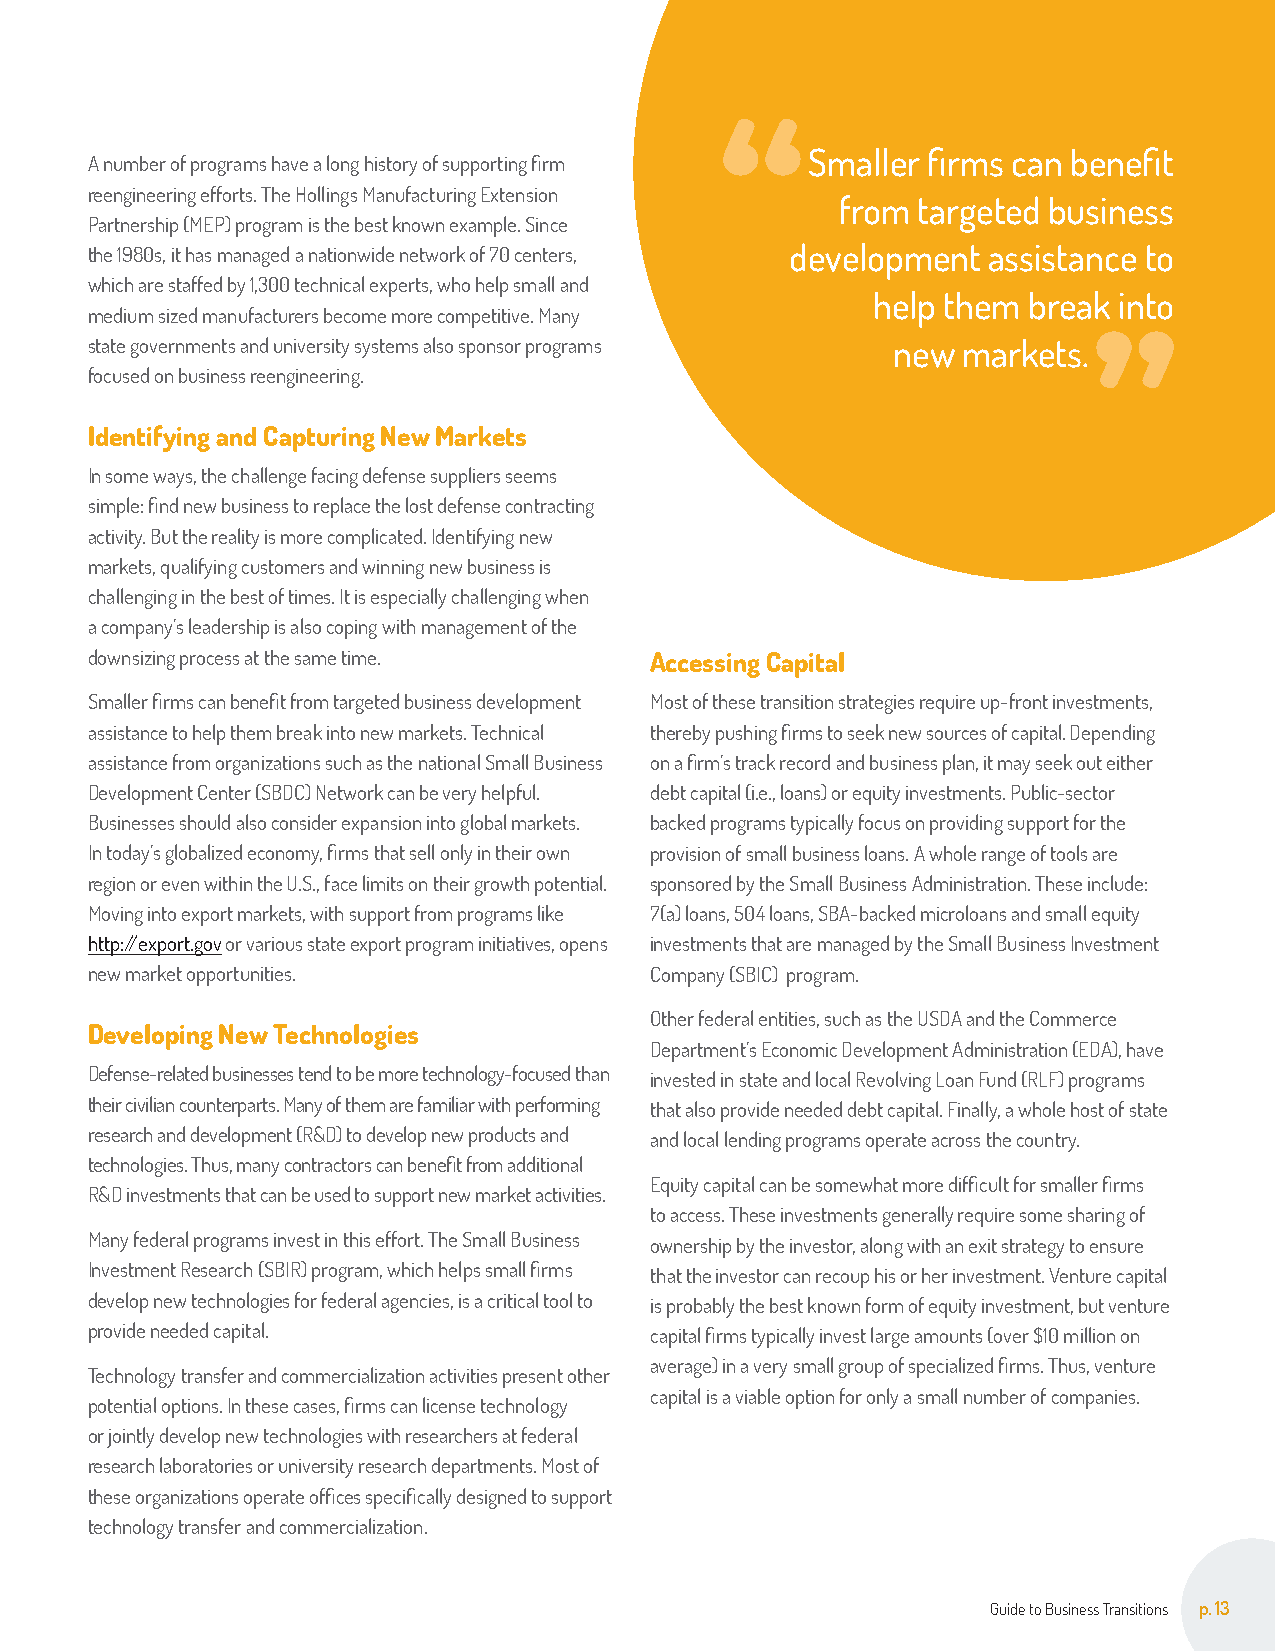
Smaller firms can benefit
 A number of programs have a long history of supporting firm
 reengineering efforts. The Hollings Manufacturing Extension
 from targeted business
 Partnership (MEP) program is the best known example. Since
 the 1980s, it has managed a nationwide network of 70 centers, development assistance to
 which are staffed by 1,300 technical experts, who help small and
 help them break into
 medium sized manufacturers become more competitive. Many
 state governments and university systems also sponsor programs new markets.
 focused on business reengineering.
 Identifying and Capturing New Markets
 In some ways, the challenge facing defense suppliers seems
 simple: find new business to replace the lost defense contracting
 activity. But the reality is more complicated. Identifying new
 markets, qualifying customers and winning new business is
 challenging in the best of times. It is especially challenging when
 a company’s leadership is also coping with management of the
 downsizing process at the same time. Accessing Capital
 Smaller firms can benefit from targeted business development Most of these transition strategies require up-front investments,
 assistance to help them break into new markets. Technical thereby pushing firms to seek new sources of capital. Depending
 assistance from organizations such as the national Small Business on a firm’s track record and business plan, it may seek out either
 Development Center (SBDC) Network can be very helpful. debt capital (i.e., loans) or equity investments. Public-sector
 Businesses should also consider expansion into global markets. backed programs typically focus on providing support for the
 In today’s globalized economy, firms that sell only in their own provision of small business loans. A whole range of tools are
 region or even within the U.S., face limits on their growth potential. sponsored by the Small Business Administration. These include:
 Moving into export markets, with support from programs like 7(a) loans, 504 loans, SBA-backed microloans and small equity
 http://export.gov or various state export program initiatives, opens investments that are managed by the Small Business Investment
 new market opportunities.            Company (SBIC) program.
 Other federal entities, such as the USDA and the Commerce
 Developing New Technologies
 Department’s Economic Development Administration (EDA), have
 Defense-related businesses tend to be more technology-focused than invested in state and local Revolving Loan Fund (RLF) programs
 their civilian counterparts. Many of them are familiar with performing that also provide needed debt capital. Finally, a whole host of state
 research and development (R&D) to develop new products and and local lending programs operate across the country.
 technologies. Thus, many contractors can benefit from additional
 Equity capital can be somewhat more difficult for smaller firms
 R&D investments that can be used to support new market activities.
 to access. These investments generally require some sharing of
 Many federal programs invest in this effort. The Small Business ownership by the investor, along with an exit strategy to ensure
 Investment Research (SBIR) program, which helps small firms that the investor can recoup his or her investment. Venture capital
 develop new technologies for federal agencies, is a critical tool to is probably the best known form of equity investment, but venture
 provide needed capital.              capital firms typically invest large amounts (over $10 million on
 average) in a very small group of specialized firms. Thus, venture
 Technology transfer and commercialization activities present other
 capital is a viable option for only a small number of companies.
 potential options. In these cases, firms can license technology
 or jointly develop new technologies with researchers at federal
 research laboratories or university research departments. Most of
 these organizations operate offices specifically designed to support
 technology transfer and commercialization.
 Guide to Business Transitions p. 13